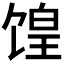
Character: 𫗮